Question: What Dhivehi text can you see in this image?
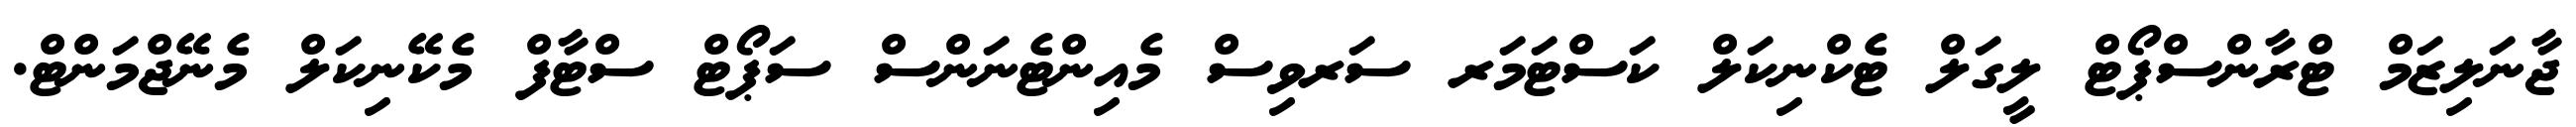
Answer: ޖާނަލިޒަމް ޓްރާންސްޕޯޓް ލީގަލް ޓެކްނިކަލް ކަސްޓަމަރ ސަރވިސް މެއިންޓެނަންސް ސަޕޯޓް ސްޓާފް މެކޭނިކަލް މެނޭޖްމަންޓް.